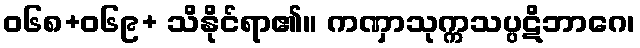
ဝ၆၈+၀၆၉+ သိနိုင်ရာ၏။ ကဏှာသုက္ကသပ္ပဋိဘာဂေ၊